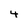
Character: 4